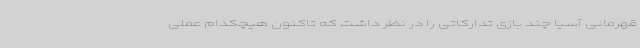
قهرمانی آسیا چند بازی تدارکاتی را در نظر داشت که تاکنون هیچکدام عملی